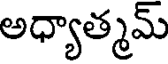
అధ్యాత్మమ్